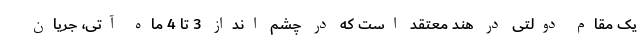
یک مقام دولتی در هند معتقد است که در چشم انداز 3 تا 4 ماه آتی، جریان